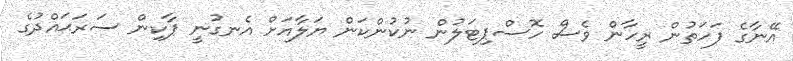
އޭނާގެ ފަހަތުން ރީހާން ވެސް ހޮސްޕިޓަލުން ނުކުންކަން ޔަލާއަށް އެނގުނީ ޕާކިން ސަރަޙައްދުގެ